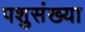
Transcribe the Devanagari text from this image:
पशुसंख्या